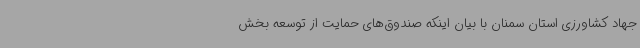
جهاد کشاورزی استان سمنان با بیان اینکه صندوق‌های حمایت از توسعه بخش